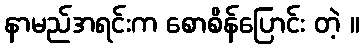
နာမည်အရင်းက စောစိန်ပြောင်း တဲ့ ။